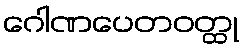
ဂေါဏပေတဝတ္ထု